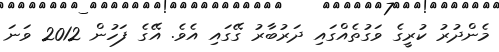
މެންދުރު ކުރީގެ ވަގުތެއްގައި ދަރުބާރު ގޭގައި އެވެ. އޭގެ ފަހުން 2012 ވަނަ